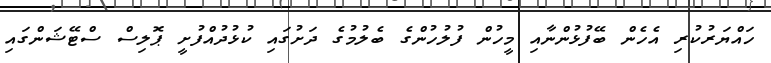
ހައްޔަރުކުރި އެހެން ބޭފުޅުންނާއި މީހުން ފުލުހުންގެ ބެލުމުގެ ދަށުގައި ކުޅުދުއްފުށީ ޕޮލިސް ސްޓޭޝަންގައި